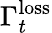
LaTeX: \Gamma_{t}^{\mathrm{loss}}